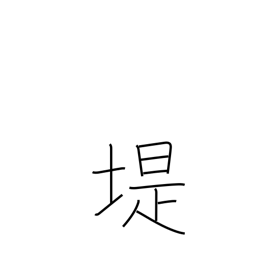
Meaning: embankment